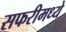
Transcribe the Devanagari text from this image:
सफरीमध्ये